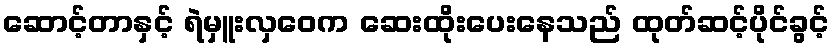
ဆောင့်တာနှင့် ရဲမှူးလှဝေက ဆေးထိုးပေးနေသည် ထုတ်ဆင့်ပိုင်ခွင့်